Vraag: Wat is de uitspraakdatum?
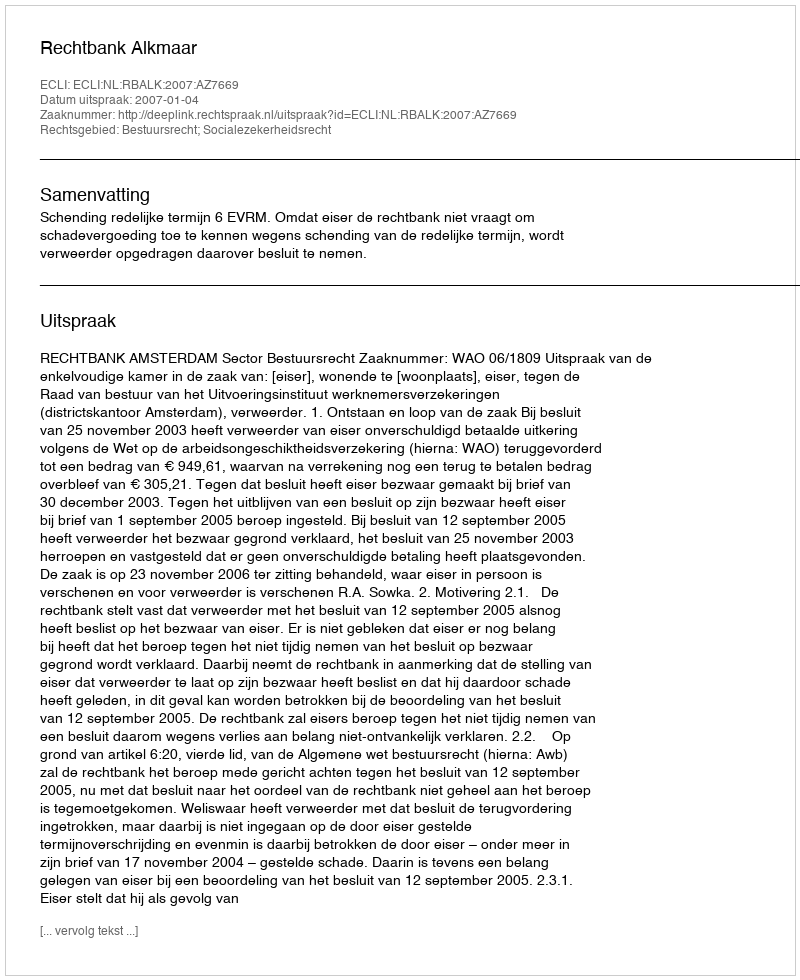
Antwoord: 2007-01-04